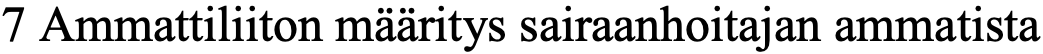
7 Ammattiliiton määritys sairaanhoitajan ammatista